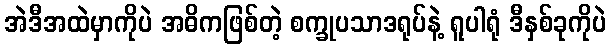
အဲဒီအထဲမှာကိုပဲ အဓိကဖြစ်တဲ့ စက္ခုပသာဒရုပ်နဲ့ ရူပါရုံ ဒီနှစ်ခုကိုပဲ